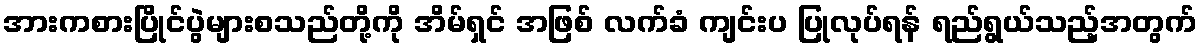
အားကစားပြိုင်ပွဲများစသည်တို့ကို အိမ်ရှင် အဖြစ် လက်ခံ ကျင်းပ ပြုလုပ်ရန် ရည်ရွယ်သည့်အတွက်